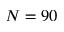
N = 9 0